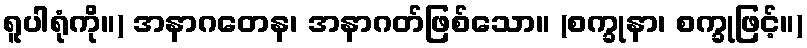
ရူပါရုံကို။) အနာဂတေန၊ အနာဂတ်ဖြစ်သော။ (စက္ခုနာ၊ စက္ခုဖြင့်။)